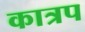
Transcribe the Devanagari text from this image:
कात्रप